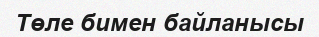
Төле бимен байланысы